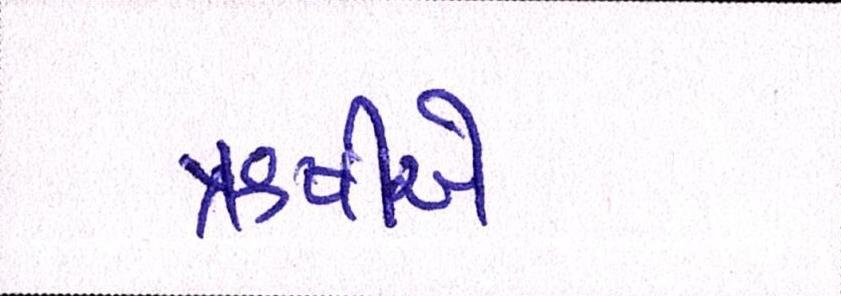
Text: ઋષીએ